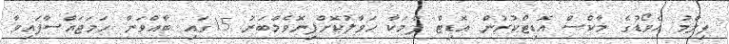
ފިލްމު އެވޯޑުގެ މާކްސް އޮޑިޓްކުރުން އޮޑިޓް ފާމަކާ ހަވާލުކޮށްފިނޮވެމްބަރު 15ގައި ބާއްވަން ހަމަޖައްސާފައިވާ